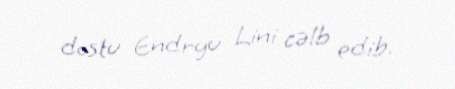
dostu Endryu Lini cəlb edib.